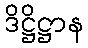
ဒိဋ္ဌိဋ္ဌာန